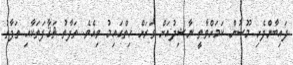
ފައިބާންފެށި މޫސުން ކަމަށްވާތީ ނާޝިދުއަށް ވަރަށް ހިތްގައިމު ވިއެވެ. ތަފާތު ޘަޤާފަތަކާއި ތަފާތު